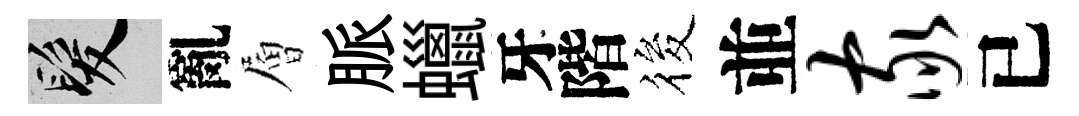
髮亂層脈蠟牙階筱並家已